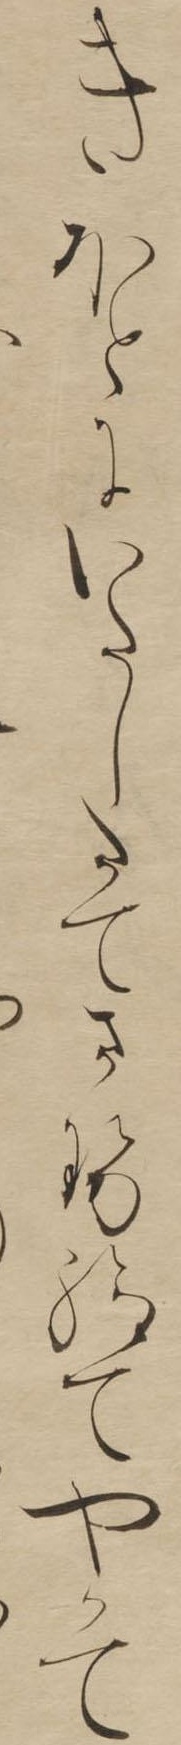
きほとにいたしたてさせ給てやかて